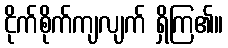
ငိုက်စိုက်ကျလျက် ရှိကြ၏။